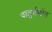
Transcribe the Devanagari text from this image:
चातुर्वर्णात